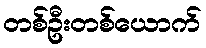
တစ်ဦးတစ်ယောက်